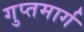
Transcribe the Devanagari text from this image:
गुप्तमार्ग